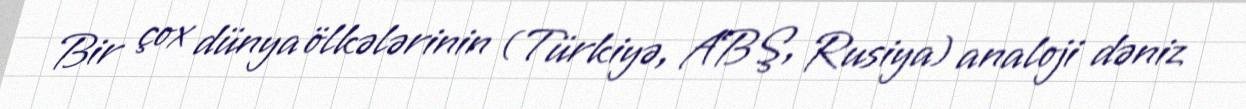
Bir çox dünya ölkələrinin (Türkiyə, ABŞ, Rusiya) analoji dəniz